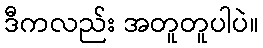
ဒီကလည်း အတူတူပါပဲ။